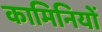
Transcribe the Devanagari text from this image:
कामिनियों